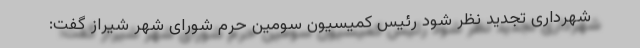
شهرداری تجدید نظر شود رئیس کمیسیون سومین حرم شورای شهر شیراز گفت: